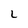
Character: L